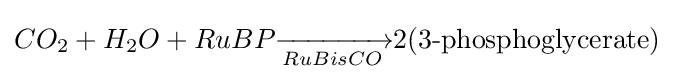
CO_{2}+H_{2}O+RuBP{\xrightarrow[{RuBisCO}]{}}2(3{\mbox{-}}{\text{phosphoglycerate}})